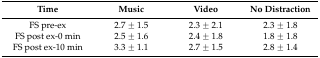
| Time | Music | Video | No Distraction |
 | --- | --- | --- | --- |
 | FS pre-ex | 2.7 ± 1.5 | 2.3 ± 2.1 | 2.3 ± 1.8 |
 | FS post ex-0 min | 2.5 ± 1.6 | 2.4 ± 1.8 | 1.8 ± 1.8 |
 | FS post ex-10 min | 3.3 ± 1.1 | 2.7 ± 1.5 | 2.8 ± 1.4 |